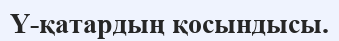
Y-қатардың қосындысы.